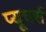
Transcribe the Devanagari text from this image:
प्यूचर्स